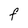
Character: F